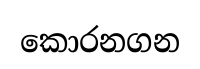
කොරනගන